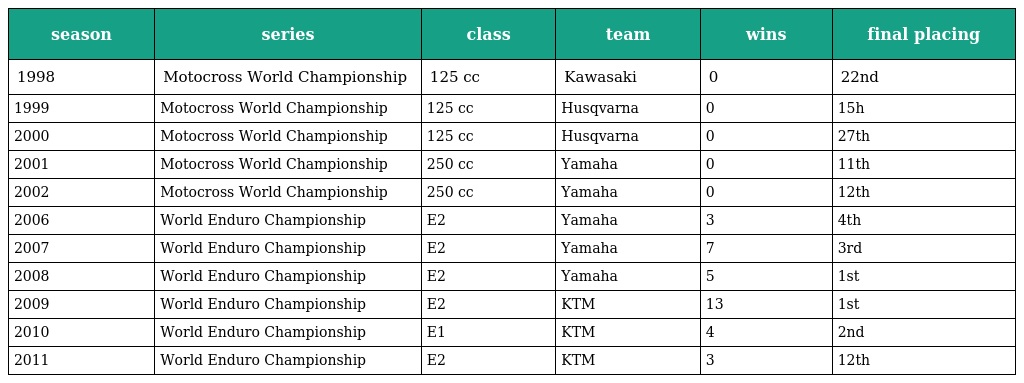
| season | series | class | team | wins | final placing |
 | --- | --- | --- | --- | --- | --- |
 | 1998 | Motocross World Championship | 125 cc | Kawasaki | 0 | 22nd |
 | 1999 | Motocross World Championship | 125 cc | Husqvarna | 0 | 15h |
 | 2000 | Motocross World Championship | 125 cc | Husqvarna | 0 | 27th |
 | 2001 | Motocross World Championship | 250 cc | Yamaha | 0 | 11th |
 | 2002 | Motocross World Championship | 250 cc | Yamaha | 0 | 12th |
 | 2006 | World Enduro Championship | E2 | Yamaha | 3 | 4th |
 | 2007 | World Enduro Championship | E2 | Yamaha | 7 | 3rd |
 | 2008 | World Enduro Championship | E2 | Yamaha | 5 | 1st |
 | 2009 | World Enduro Championship | E2 | KTM | 13 | 1st |
 | 2010 | World Enduro Championship | E1 | KTM | 4 | 2nd |
 | 2011 | World Enduro Championship | E2 | KTM | 3 | 12th |